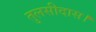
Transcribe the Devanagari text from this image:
तुलसीदास।